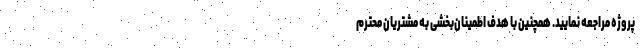
پروژه مراجعه نمایید. همچنین با هدف اطمینان‌بخشی به مشتریان محترم